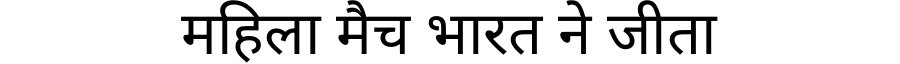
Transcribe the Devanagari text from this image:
महिला मैच भारत ने जीता